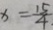
x = \frac { 1 5 } { 4 } _ { . }